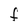
Character: F